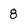
Character: 8